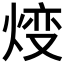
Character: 𤊰